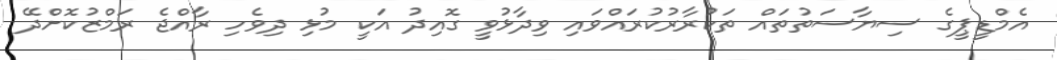
އެމްޑީޕީގެ ސިޔާސަތުތައް ތަކުރާރުކުރައްވައި ވިދާޅުވީ ގޮއިދު އަކީ މުޅި ދިވެހި ރާއްޖެ ރަމްޒުކޮށްދޭ